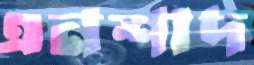
এনশাদ